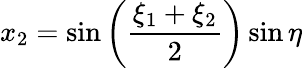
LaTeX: x_{2}=\sin\left({\frac{\xi_{1}+\xi_{2}}{2}}\right)\sin\eta